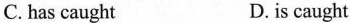
C. has caught D. is caught